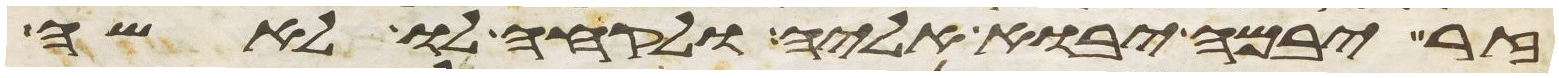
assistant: זר יבמה יבוא אליה ולקחה לו לאשה